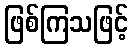
ဖြစ်ကြသဖြင့်